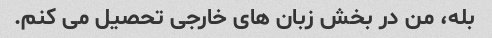
بله، من در بخش زبان های خارجی تحصیل می کنم.